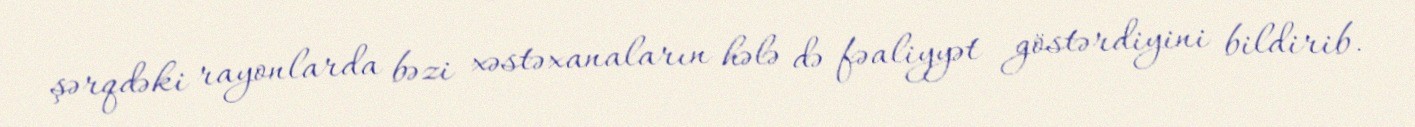
şərqdəki rayonlarda bəzi xəstəxanaların hələ də fəaliyyət göstərdiyini bildirib.